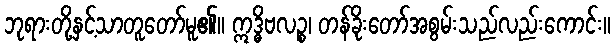
ဘုရားတို့နှင့်သာတူတော်မူ၏။ ဣဒ္ဓိဗလဉ္စ၊ တန်ခိုးတော်အစွမ်းသည်လည်းကောင်း။